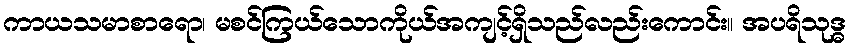
ကာယသမာစာရော၊ မစင်ကြယ်သောကိုယ်အကျင့်ရှိသည်လည်းကောင်း။ အပရိသုဒ္ဓ